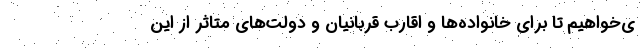
ی‌خواهیم تا برای خانواده‌ها و اقارب قربانیان و دولت‌های متاثر از این